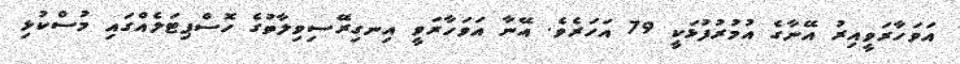
އަވަހާރަވީއިރު އޭނާގެ އުމުރުފުޅަކީ 79 އަހަރެވެ. އޭނާ އަވަހާރަވީ އިނގިރޭސިވިލާތުގެ ހޮސްޕިޓަލެއްގައި މުސްކުޅި